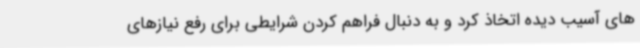
های آسیب دیده اتخاذ کرد و به دنبال فراهم کردن شرایطی برای رفع نیازهای